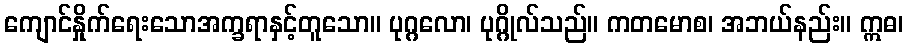
ကျောင်နှိုက်ရေးသောအက္ခရာနှင့်တူသော။ ပုဂ္ဂလော၊ ပုဂ္ဂိုလ်သည်။ ကတမောစ၊ အဘယ်နည်း။ ဣဓ၊